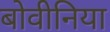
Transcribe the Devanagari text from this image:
बोवीनिया